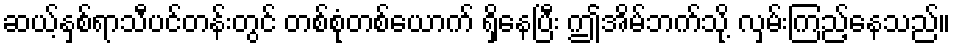
ဆယ့်နှစ်ရာသီပင်တန်းတွင် တစ်စုံတစ်ယောက် ရှိနေပြီး ဤအိမ်ဘက်သို့ လှမ်းကြည့်နေသည်။